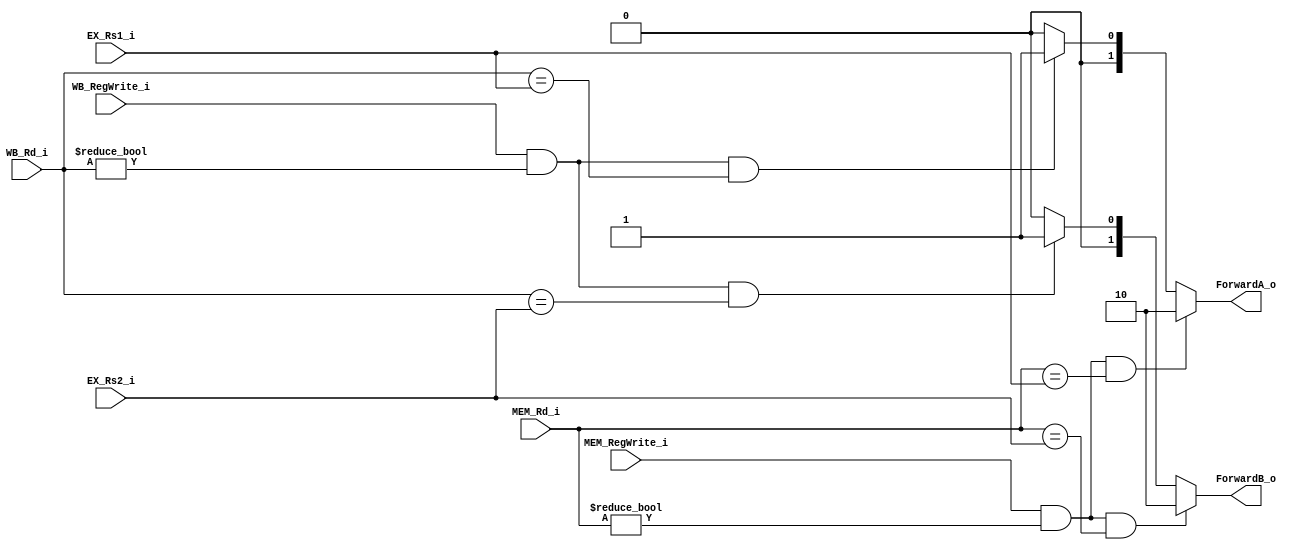
module Forward_Unit
(
    EX_Rs1_i,
    EX_Rs2_i,
    WB_RegWrite_i,
    WB_Rd_i,
    MEM_RegWrite_i,
    MEM_Rd_i,
    ForwardA_o,
    ForwardB_o,
);

input [4:0] EX_Rs1_i, EX_Rs2_i, WB_Rd_i, MEM_Rd_i;
input WB_RegWrite_i, MEM_RegWrite_i;

output reg [1:0] ForwardA_o, ForwardB_o;

always @ (*) begin
    if (MEM_RegWrite_i
    && (MEM_Rd_i != 0)
    && (MEM_Rd_i == EX_Rs1_i))
        ForwardA_o = 2'b10;
    else if (WB_RegWrite_i
    && (WB_Rd_i != 0)
    && (WB_Rd_i == EX_Rs1_i))
        ForwardA_o = 2'b01;
    else
        ForwardA_o = 2'b00;
    
    if (MEM_RegWrite_i
    && (MEM_Rd_i != 0)
    && (MEM_Rd_i == EX_Rs2_i))
        ForwardB_o = 2'b10;
    else if (WB_RegWrite_i
    && (WB_Rd_i != 0)
    && (WB_Rd_i == EX_Rs2_i))
        ForwardB_o = 2'b01;
    else
        ForwardB_o = 2'b00;
end

endmodule